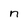
Character: n